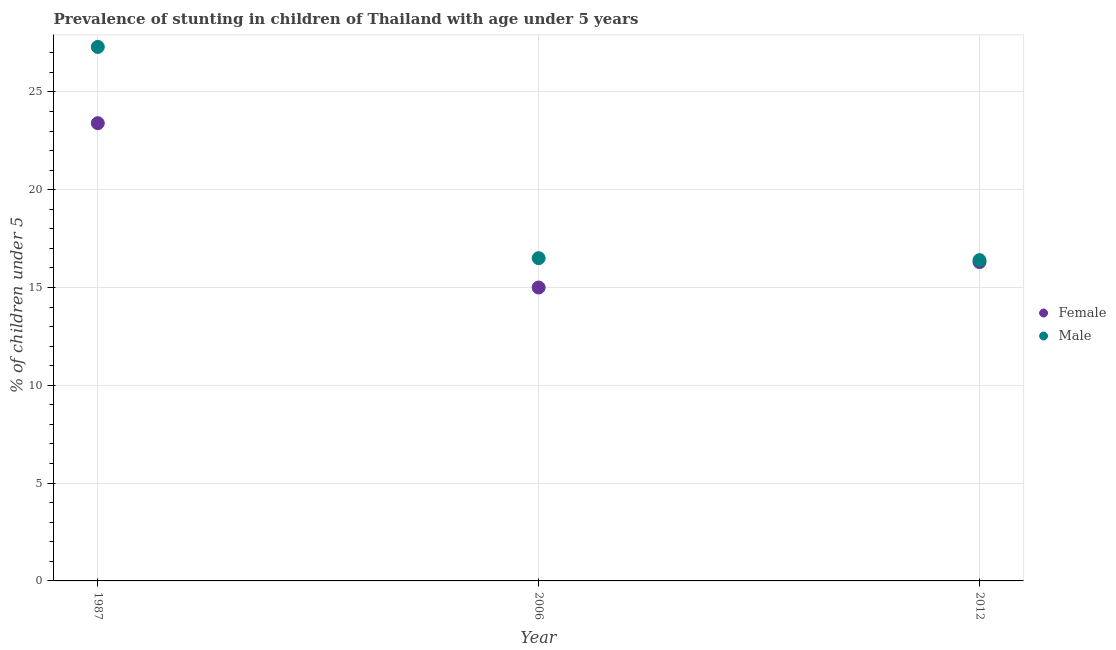
| Year | Female | Male |
 | --- | --- | --- |
 | 1987 | 23.4 | 27.3 |
 | 2006 | 15 | 16.5 |
 | 2012 | 16.3 | 16.4 |